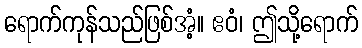
ရောက်ကုန်သည်ဖြစ်အံ့။ ဧဝံ၊ ဤသို့ရောက်